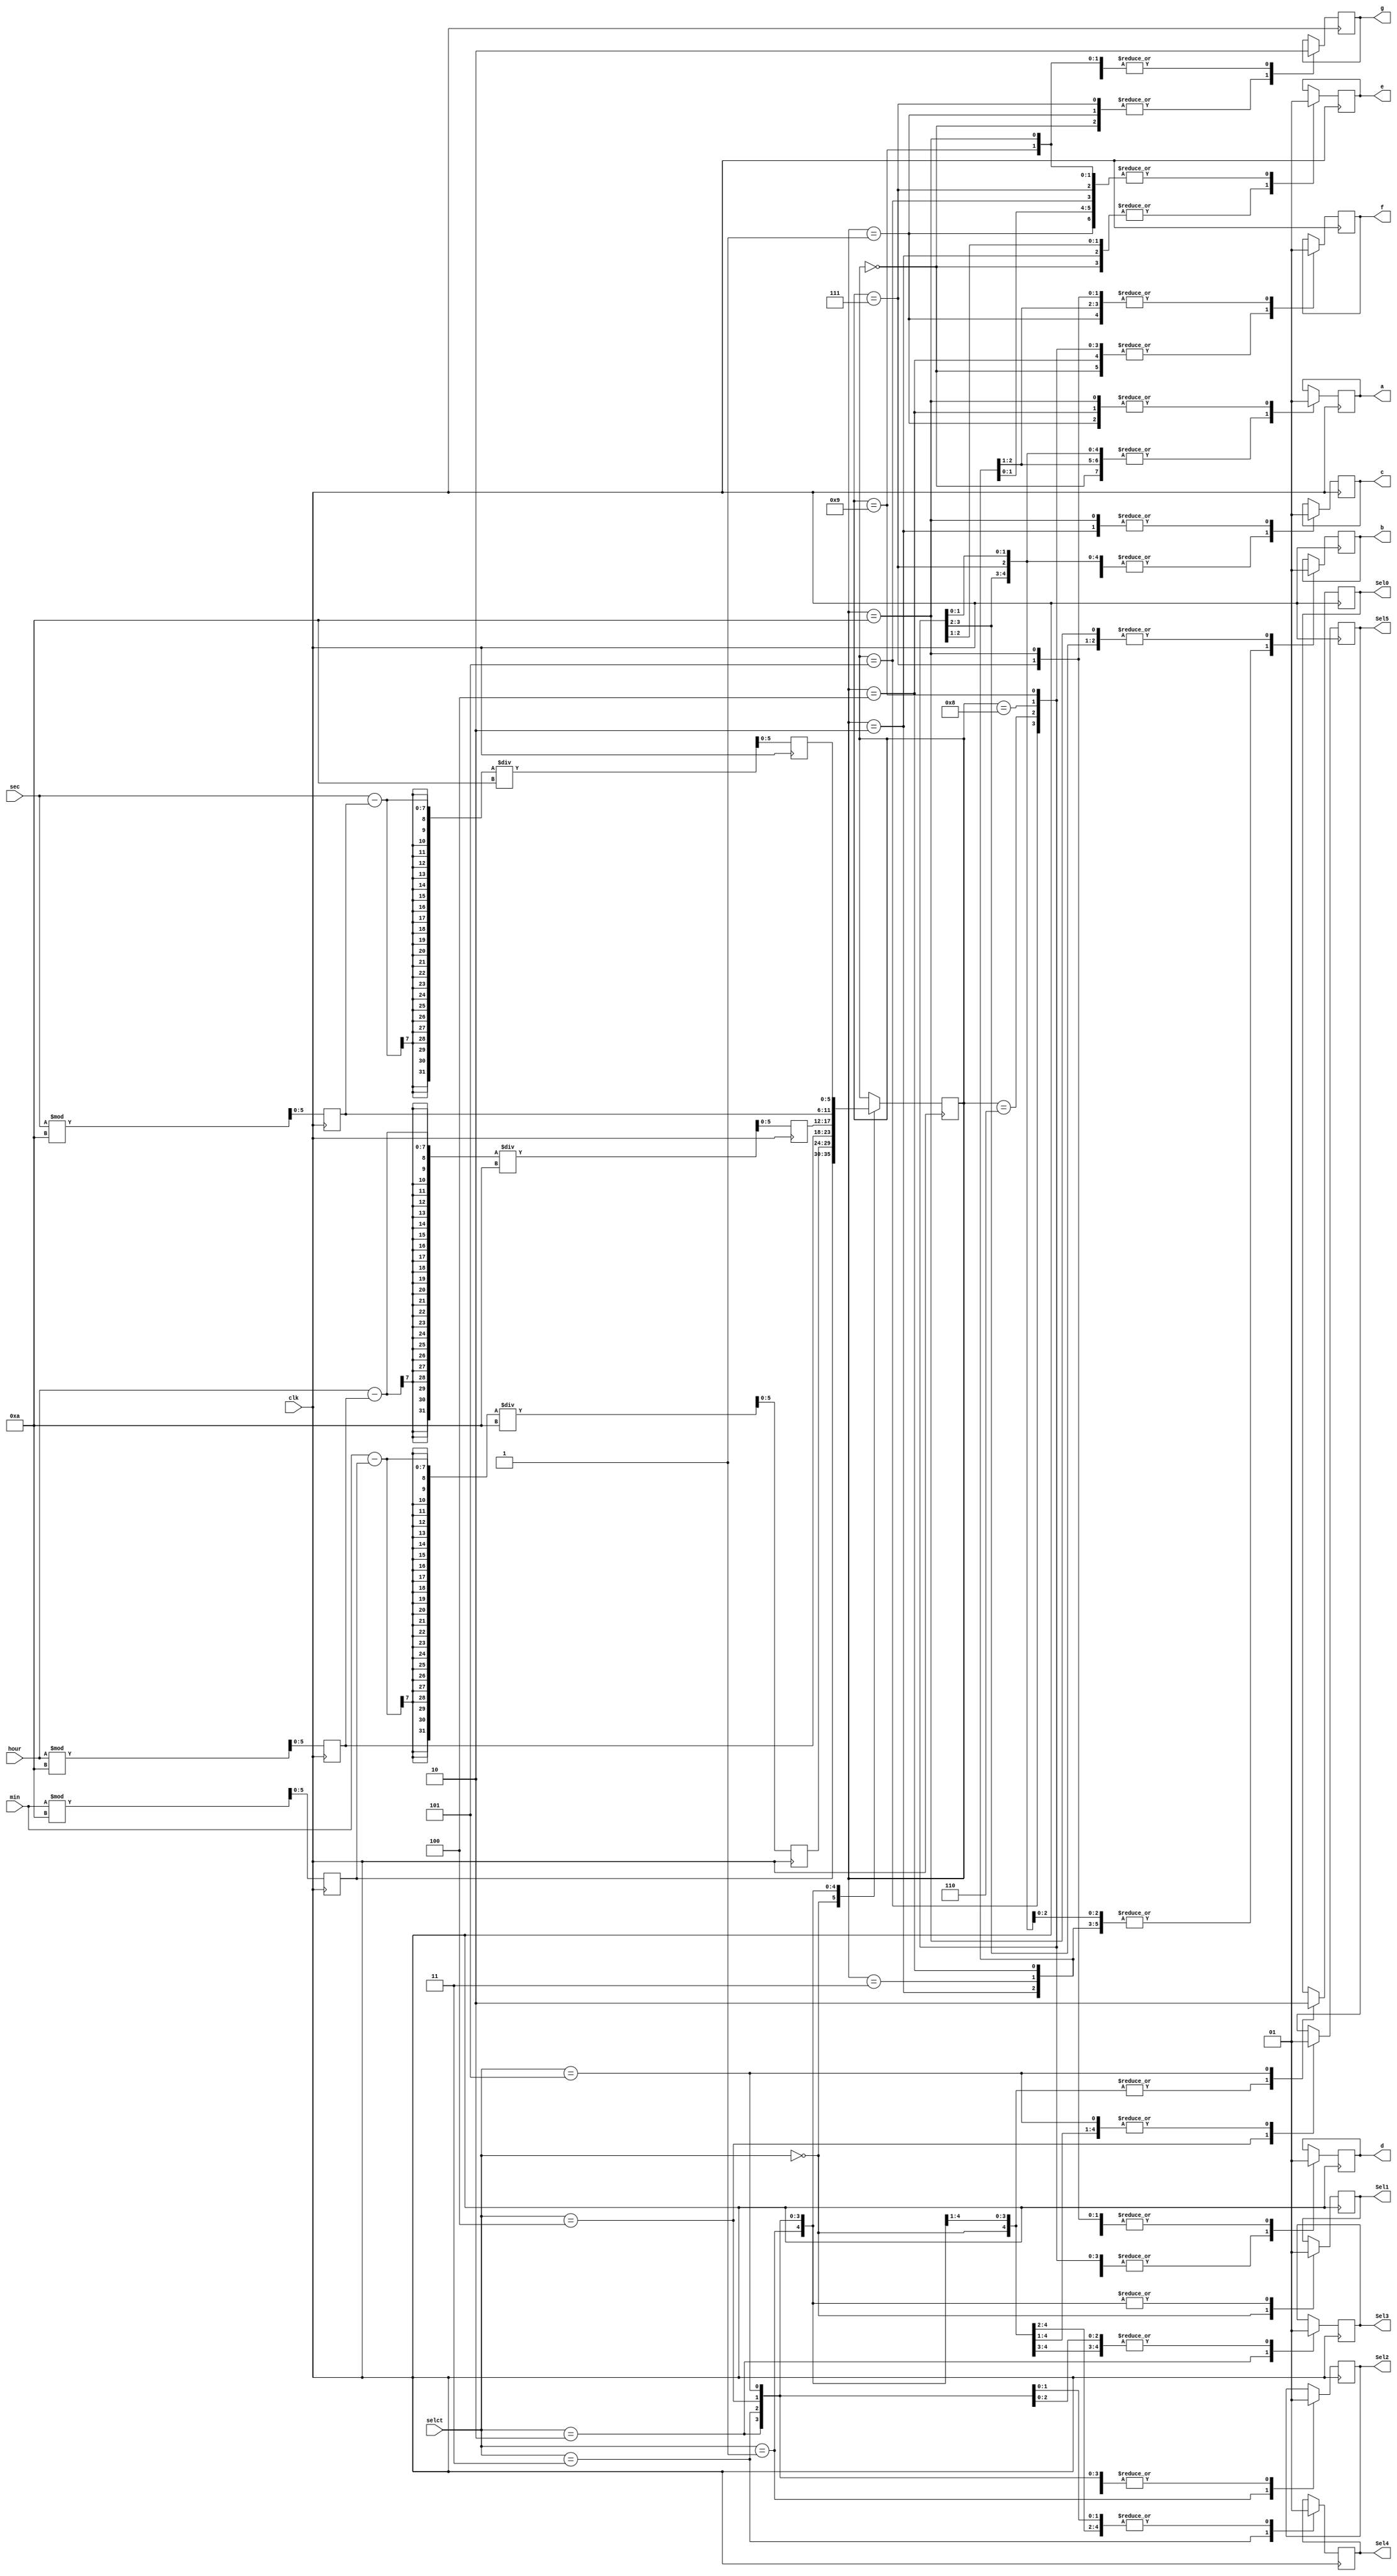
module display(clk,hour,min,sec,selct,a,b,c,d,e,f,g,Sel0,Sel1,Sel2,Sel3,Sel4,Sel5);
input[6:0] hour,min,sec;
input[3:0] selct;
input clk;
output reg a,b,c,d,e,f,g,Sel0,Sel1,Sel2,Sel3,Sel4,Sel5;
reg [5:0]num,hour_a,hour_b,min_a,min_b,sec_a,sec_b;

always @(posedge clk)
begin 
	begin
	hour_b<=hour%10;
	hour_a<=(hour-hour_b)/10;
	min_b<=min%10;
	min_a<=(min-min_b)/10;
	sec_b<=sec%10;
	sec_a<=(sec-sec_b)/10;
	end
    case(selct)
	0:begin num<=min_b;{Sel0,Sel1,Sel2,Sel3,Sel4,Sel5}=6'b101111;end
	1:begin num<=min_a;{Sel0,Sel1,Sel2,Sel3,Sel4,Sel5}=6'b110111;end
	2:begin num<=hour_b;{Sel0,Sel1,Sel2,Sel3,Sel4,Sel5}=6'b111011;end
	3:begin num<=hour_a;{Sel0,Sel1,Sel2,Sel3,Sel4,Sel5}=6'b111101;end
	4:begin num<=sec_b;{Sel0,Sel1,Sel2,Sel3,Sel4,Sel5}=6'b111110;end
	5:begin num<=sec_a;{Sel0,Sel1,Sel2,Sel3,Sel4,Sel5}=6'b011111;end
	endcase
    case(num)
	0:{a,b,c,d,e,f,g}=7'b0000001;
	1:{a,b,c,d,e,f,g}=7'b1001111;
	2:{a,b,c,d,e,f,g}=7'b0010010;
	3:{a,b,c,d,e,f,g}=7'b0000110;
	4:{a,b,c,d,e,f,g}=7'b1001100;
	5:{a,b,c,d,e,f,g}=7'b0100100;
	6:{a,b,c,d,e,f,g}=7'b0100000;
	7:{a,b,c,d,e,f,g}=7'b0001111;
	8:{a,b,c,d,e,f,g}=7'b0000000;
	9:{a,b,c,d,e,f,g}=7'b0000100;
	10:{a,b,c,d,e,f,g}=7'b1111110;
	endcase
end
endmodule